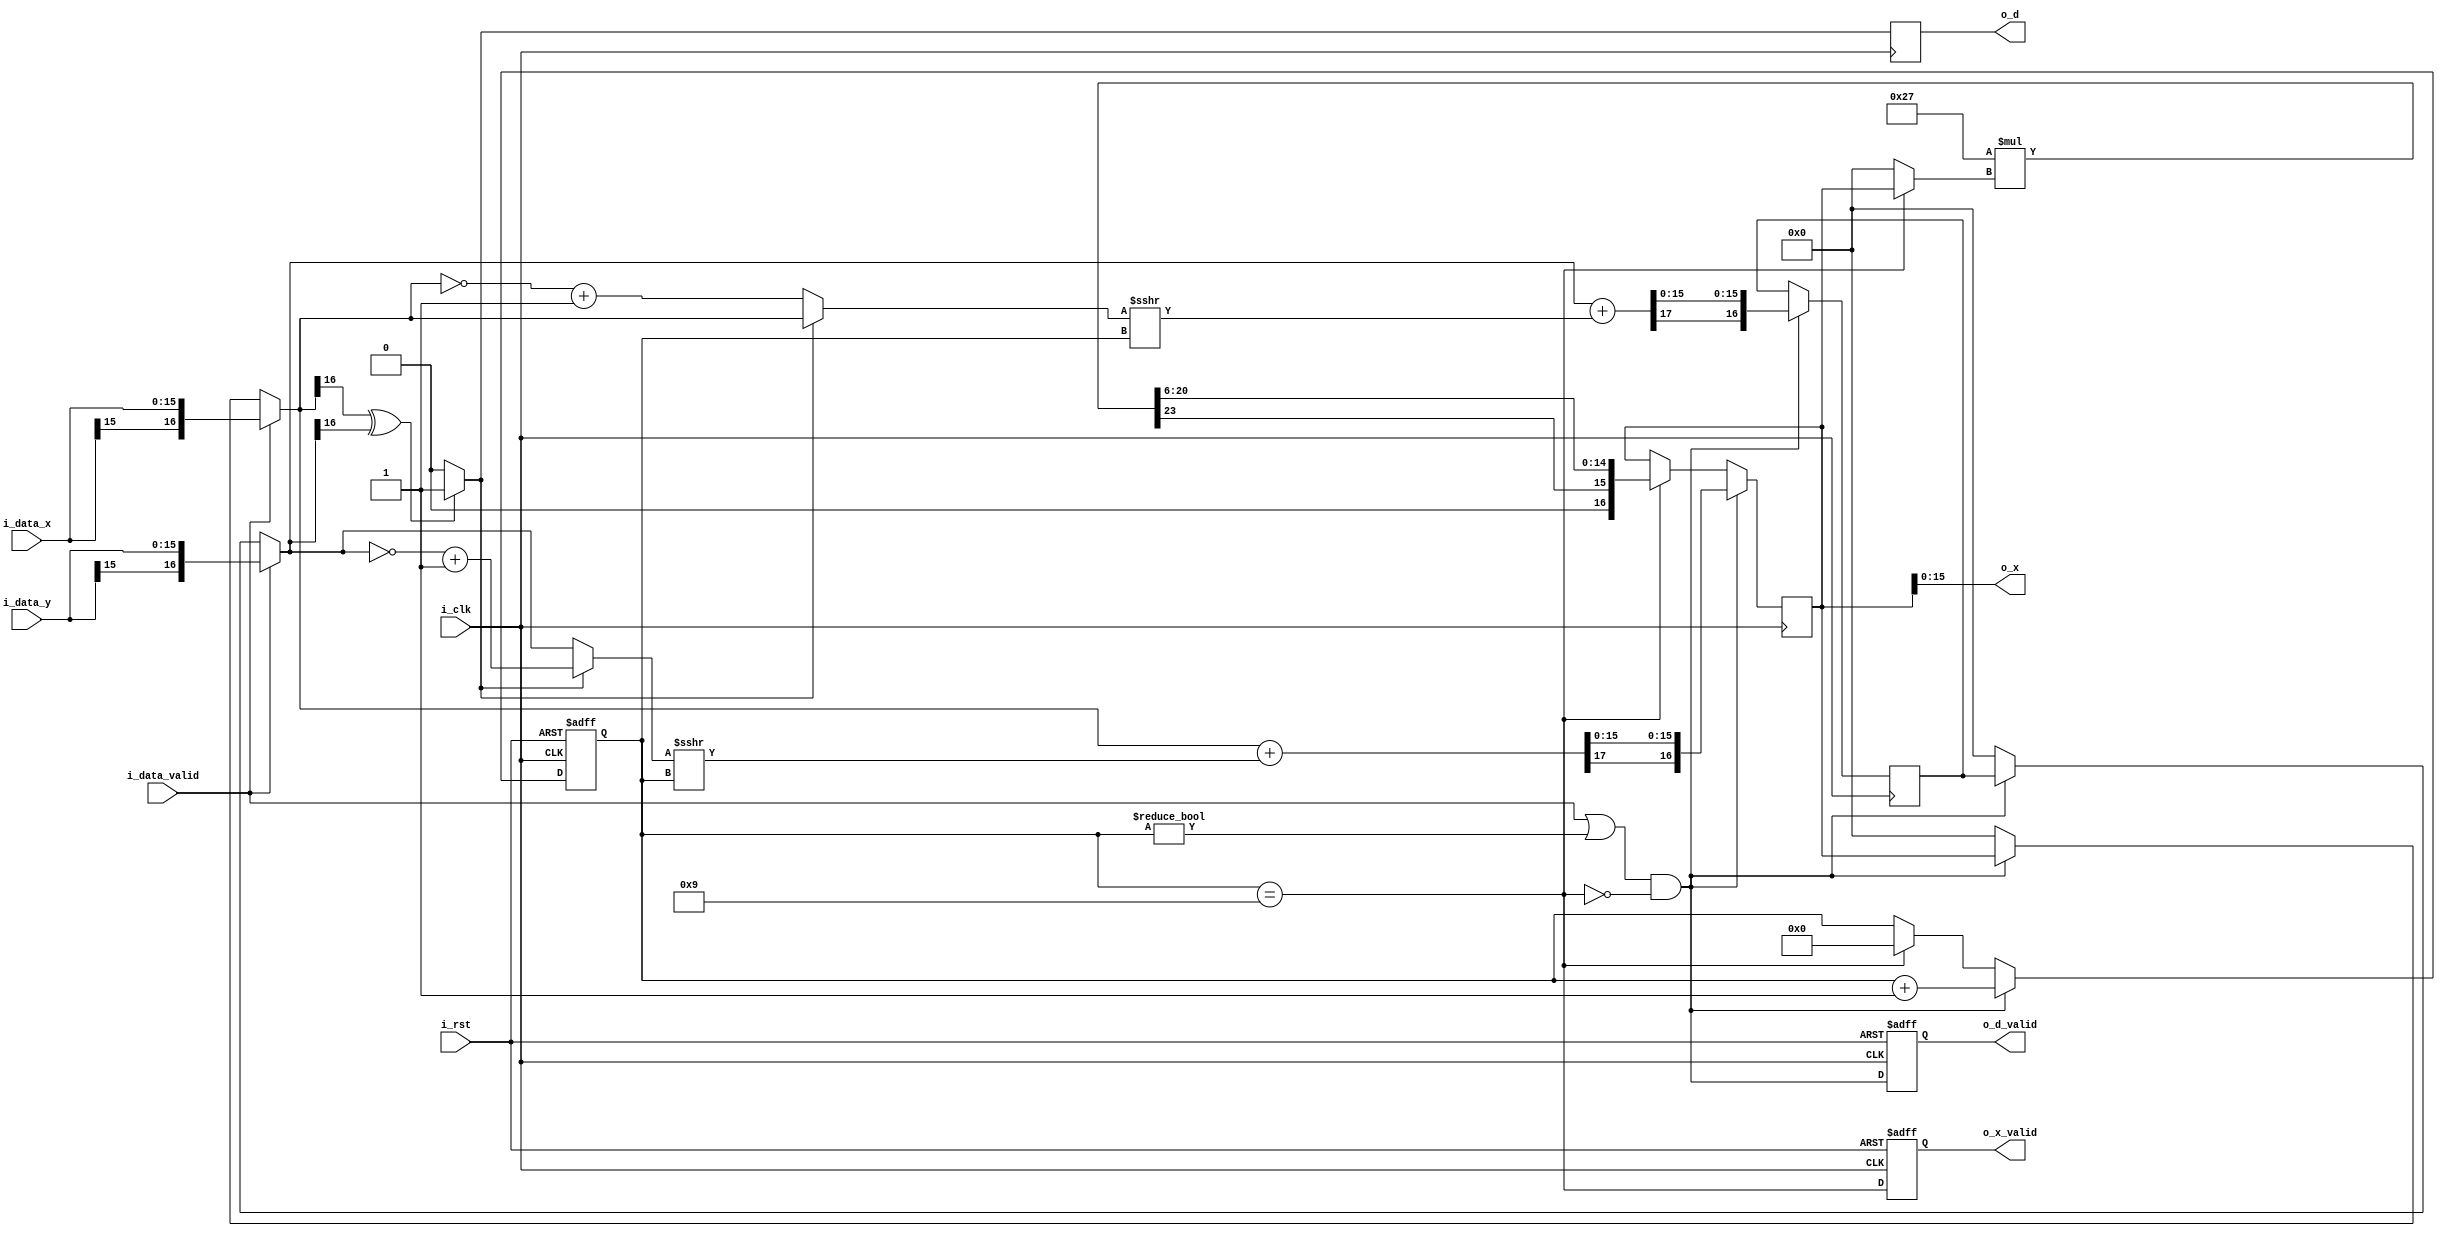
module VC_mode #(
    parameter INOUT_WIDRH = 16,
    parameter ITER_NUM = 9
) (
    input                         i_clk,
    input                         i_rst,
    input                         i_data_valid,
    input       [INOUT_WIDRH-1:0] i_data_x,
    input       [INOUT_WIDRH-1:0] i_data_y,
    output                        o_d_valid,
    output                        o_d,
    output                        o_x_valid,
    output      [INOUT_WIDRH-1:0] o_x
);

// ---------------------------------------------------------------------------
// Signal Declaration
// ---------------------------------------------------------------------------

wire                          rotation_computing_w;
wire                          multiply_computing_w;

reg  signed [  INOUT_WIDRH:0] x_buff_r;
reg  signed [  INOUT_WIDRH:0] x_buff_w;
reg  signed [  INOUT_WIDRH:0] y_buff_r;
reg  signed [  INOUT_WIDRH:0] y_buff_w;

reg                           d_r;
reg                           d_w;

reg                           o_d_valid_r;
reg                           o_x_valid_r;

reg         [            3:0] iter_num_r;
reg         [            3:0] iter_num_w;

reg  signed [  INOUT_WIDRH:0] x_rota_in_w;
reg  signed [  INOUT_WIDRH:0] y_rota_in_w;
reg  signed [INOUT_WIDRH+1:0] x_stage_out_w;
reg  signed [INOUT_WIDRH+1:0] y_stage_out_w;
reg  signed [  INOUT_WIDRH:0] x_rota_out_w;
reg  signed [  INOUT_WIDRH:0] y_rota_out_w;

wire                    [4:0] shift_num_w;

reg  signed [ INOUT_WIDRH:0] dx_rota_in_shift_w;
reg  signed [ INOUT_WIDRH:0] dy_rota_in_shift_w;

wire signed [  INOUT_WIDRH:0] x_rota_in_shift_floor_w;
wire signed [  INOUT_WIDRH:0] y_rota_in_shift_floor_w;

reg  signed [  INOUT_WIDRH:0] x_shift_w;
reg  signed [  INOUT_WIDRH:0] y_shift_w;

wire signed [            6:0] k;     //7bits constant
reg  signed [  INOUT_WIDRH:0] y_k_in_w;
wire signed [INOUT_WIDRH+7:0] k_out_w; //7+21
wire        [INOUT_WIDRH-1:0] k_out_floor_w;

// ---------------------------------------------------------------------------
// Output Signal Assignment
// ---------------------------------------------------------------------------

assign o_d = d_r;
assign o_d_valid = o_d_valid_r;
assign o_x = x_buff_r[INOUT_WIDRH-1:0];
assign o_x_valid = o_x_valid_r;

// ---------------------------------------------------------------------------
// Control Block
// ---------------------------------------------------------------------------

assign rotation_computing_w = (i_data_valid || (iter_num_r != 4'b0000)) && (!multiply_computing_w);
assign multiply_computing_w = (iter_num_r == ITER_NUM);

always @(posedge i_clk or posedge i_rst) begin
    if(i_rst) begin
        iter_num_r <= 4'b0000;
    end
    else begin
        iter_num_r <= iter_num_w;
    end
end

always @(*) begin
    if(rotation_computing_w) begin
        iter_num_w = iter_num_r + 1'b1;
    end
    else if(multiply_computing_w) begin
        iter_num_w = 4'b0000;
    end
    else begin
        iter_num_w = iter_num_r;
    end
end

always @(posedge i_clk /*or posedge i_rst*/) begin
    //if(i_rst) begin
    //    x_buff_r <= {(INOUT_WIDRH+1){1'd0}};
    //    y_buff_r <= {(INOUT_WIDRH+1){1'd0}};
    //end
    //else begin
        x_buff_r <= x_buff_w;
        y_buff_r <= y_buff_w;
    //end
end

always @(*) begin
    if(rotation_computing_w) begin
        x_buff_w = x_rota_out_w;
        y_buff_w = y_rota_out_w;
    end
    else if(multiply_computing_w) begin
        x_buff_w = {1'b0 ,k_out_floor_w};
        y_buff_w = y_buff_r;
    end
    else begin
        x_buff_w = x_buff_r;
        y_buff_w = y_buff_r;
    end
end

always @(posedge i_clk /*or posedge i_rst*/) begin
    //if(i_rst) begin
    //    d_r <= 1'd0;
    //end
    //else begin
        d_r <= d_w;
    //end
end

always @(posedge i_clk or posedge i_rst) begin
    if(i_rst) begin
        o_d_valid_r <= 1'b0;
    end
    else begin
        o_d_valid_r <= rotation_computing_w;
    end
end

always @(posedge i_clk or posedge i_rst) begin
    if(i_rst) begin
        o_x_valid_r <= 1'b0;
    end
    else begin
        o_x_valid_r <= multiply_computing_w;
    end
end

// ---------------------------------------------------------------------------
// Shift and Add Stage
// ---------------------------------------------------------------------------

always @(*) begin
    if(i_data_valid) begin
        x_rota_in_w = {i_data_x[INOUT_WIDRH-1] ,i_data_x};
        y_rota_in_w = {i_data_y[INOUT_WIDRH-1] ,i_data_y};
    end
    else begin
        if(rotation_computing_w) begin
            x_rota_in_w = x_buff_r;
            y_rota_in_w = y_buff_r;
        end
        else begin
            x_rota_in_w = {(INOUT_WIDRH+1){1'd0}};
            y_rota_in_w = {(INOUT_WIDRH+1){1'd0}};
        end
    end
end

always @(*) begin
    if(x_rota_in_w[INOUT_WIDRH] ^ y_rota_in_w[INOUT_WIDRH]) begin
        d_w = 1'b1;
    end
    else begin
        d_w = 1'b0;
    end
end

always @(*) begin
    if(!d_w) begin
        dx_rota_in_shift_w = ~x_rota_in_w + 1'b1;
    end
    else begin
        dx_rota_in_shift_w = x_rota_in_w;
    end
end

always @(*) begin
    if(!d_w) begin
        dy_rota_in_shift_w = y_rota_in_w;
    end
    else begin
        dy_rota_in_shift_w = ~y_rota_in_w + 1'b1;
    end
end

assign shift_num_w = iter_num_r;

assign x_rota_in_shift_floor_w = dx_rota_in_shift_w >>> shift_num_w;
assign y_rota_in_shift_floor_w = dy_rota_in_shift_w >>> shift_num_w;

always @(*) begin
    x_shift_w = y_rota_in_shift_floor_w;
    y_shift_w = x_rota_in_shift_floor_w;
end

always @(*) begin
    x_stage_out_w = x_rota_in_w + x_shift_w;
    y_stage_out_w = y_rota_in_w + y_shift_w;
end

always @(*) begin
    x_rota_out_w = {x_stage_out_w[INOUT_WIDRH+1] ,x_stage_out_w[INOUT_WIDRH-1:0]};
    y_rota_out_w = {y_stage_out_w[INOUT_WIDRH+1] ,y_stage_out_w[INOUT_WIDRH-1:0]};
end

// ---------------------------------------------------------------------------
// Multiply Stage
// ---------------------------------------------------------------------------

assign k = 7'b0100_111;

assign k_out_w = k * y_k_in_w;

always @(*) begin
    if(multiply_computing_w) begin
        y_k_in_w = x_buff_r;
    end
    else begin
        y_k_in_w = {(INOUT_WIDRH+1){1'd0}};
    end
end

assign k_out_floor_w = {k_out_w[INOUT_WIDRH+7]
                       ,k_out_w[INOUT_WIDRH+4:INOUT_WIDRH+2]
                       ,k_out_w[INOUT_WIDRH+1:6]};

endmodule